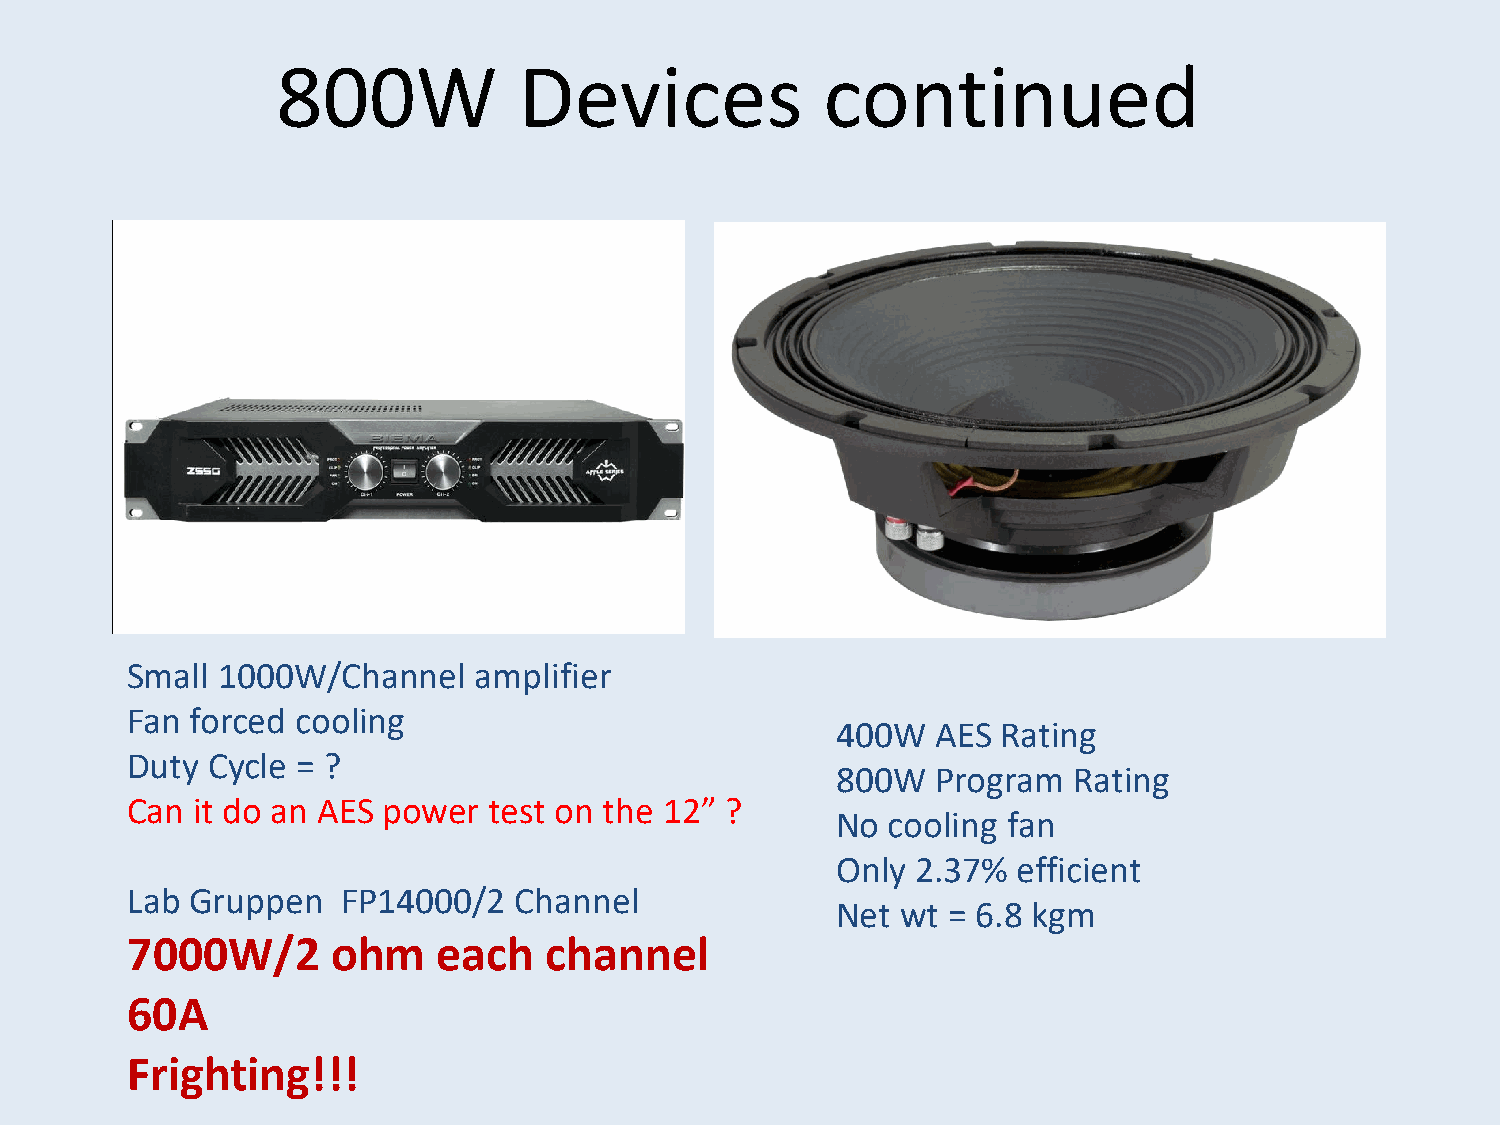
800W            Devices              continued
 Small 1000W/Channel    amplifier
 Fan  forced cooling
 400W   AES Rating
 Duty  Cycle = ?
 800W   Program  Rating
 Can  it do an AES power test on the 12” ?
 No  cooling fan
 Only  2.37% efficient
 Lab  Gruppen   FP14000/2  Channel
 Net  wt = 6.8 kgm
 7000W/2       ohm    each   channel
 60A
 Frighting!!!